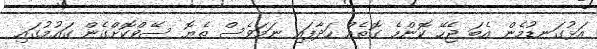
އަޅުގަނޑުމެން އެބަ ޖެހޭ ކޮންމެ ގޮތެއް ހަދާފައި ނަމަވެސް ތެޔޮ ސޭވްކޮށްގެން ގައުމުގައި